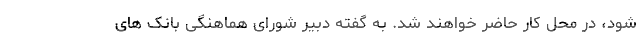
شود، در محل کار حاضر خواهند شد. به گفته دبیر شورای هماهنگی بانک های